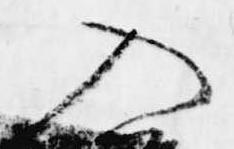
入